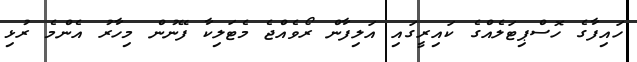
ހައިފާގެ ހޮސްޕިޓަލެއްގެ ކައިރީގައި އަލިފާން ރޯވެއްޖެ މެޓަލިކާ ފޭނުން މިހާރު އެންމެ ރުޅި